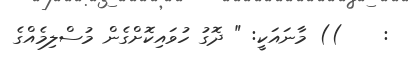
:    )) މާނައަކީ: " ދޮގު ހުވައިކޮށްގެން މުސްލިމެއްގެ